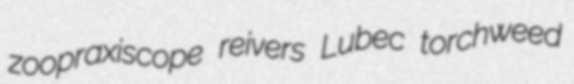
zoopraxiscope reivers Lubec torchweed